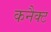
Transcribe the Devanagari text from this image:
कनैक्ट